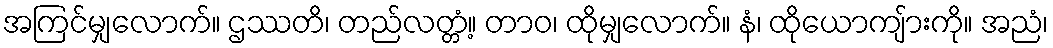
အကြင်မျှလောက်။ ဌဿတိ၊ တည်လတ္တံ့။ တာဝ၊ ထိုမျှလောက်။ နံ၊ ထိုယောကျ်ားကို။ အညံ၊